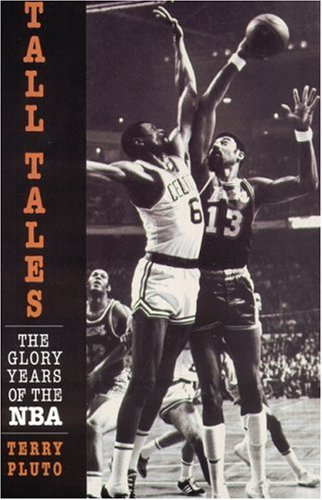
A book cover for Tall Tales: The Glory Years of the NBA; Terry Pluto; Sports & Outdoors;